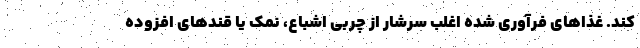
کند. غذاهای فرآوری شده اغلب سرشار از چربی اشباع، نمک یا قندهای افزوده